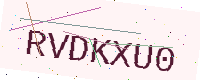
Text: RVDKXU0